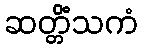
ဆတ္တိံသကံ